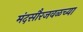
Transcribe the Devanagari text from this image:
मंदसौरजवळच्या